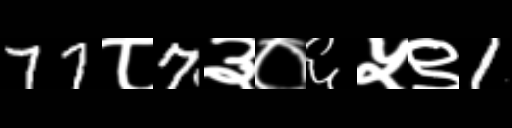
Text: 77८7३०६५९1